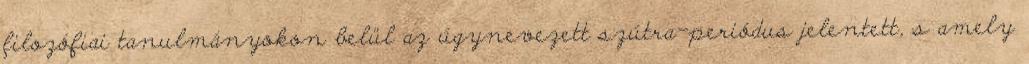
filozófiai tanulmányokon belül az úgynevezett szútra-periódus jelentett, s amely